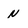
Character: n